DOW-UAP-D19, Mission Report, Syria, February 21, 2023
Agency: Department of War
Incident date: 2/21/23
Incident location: Syria
Page 5
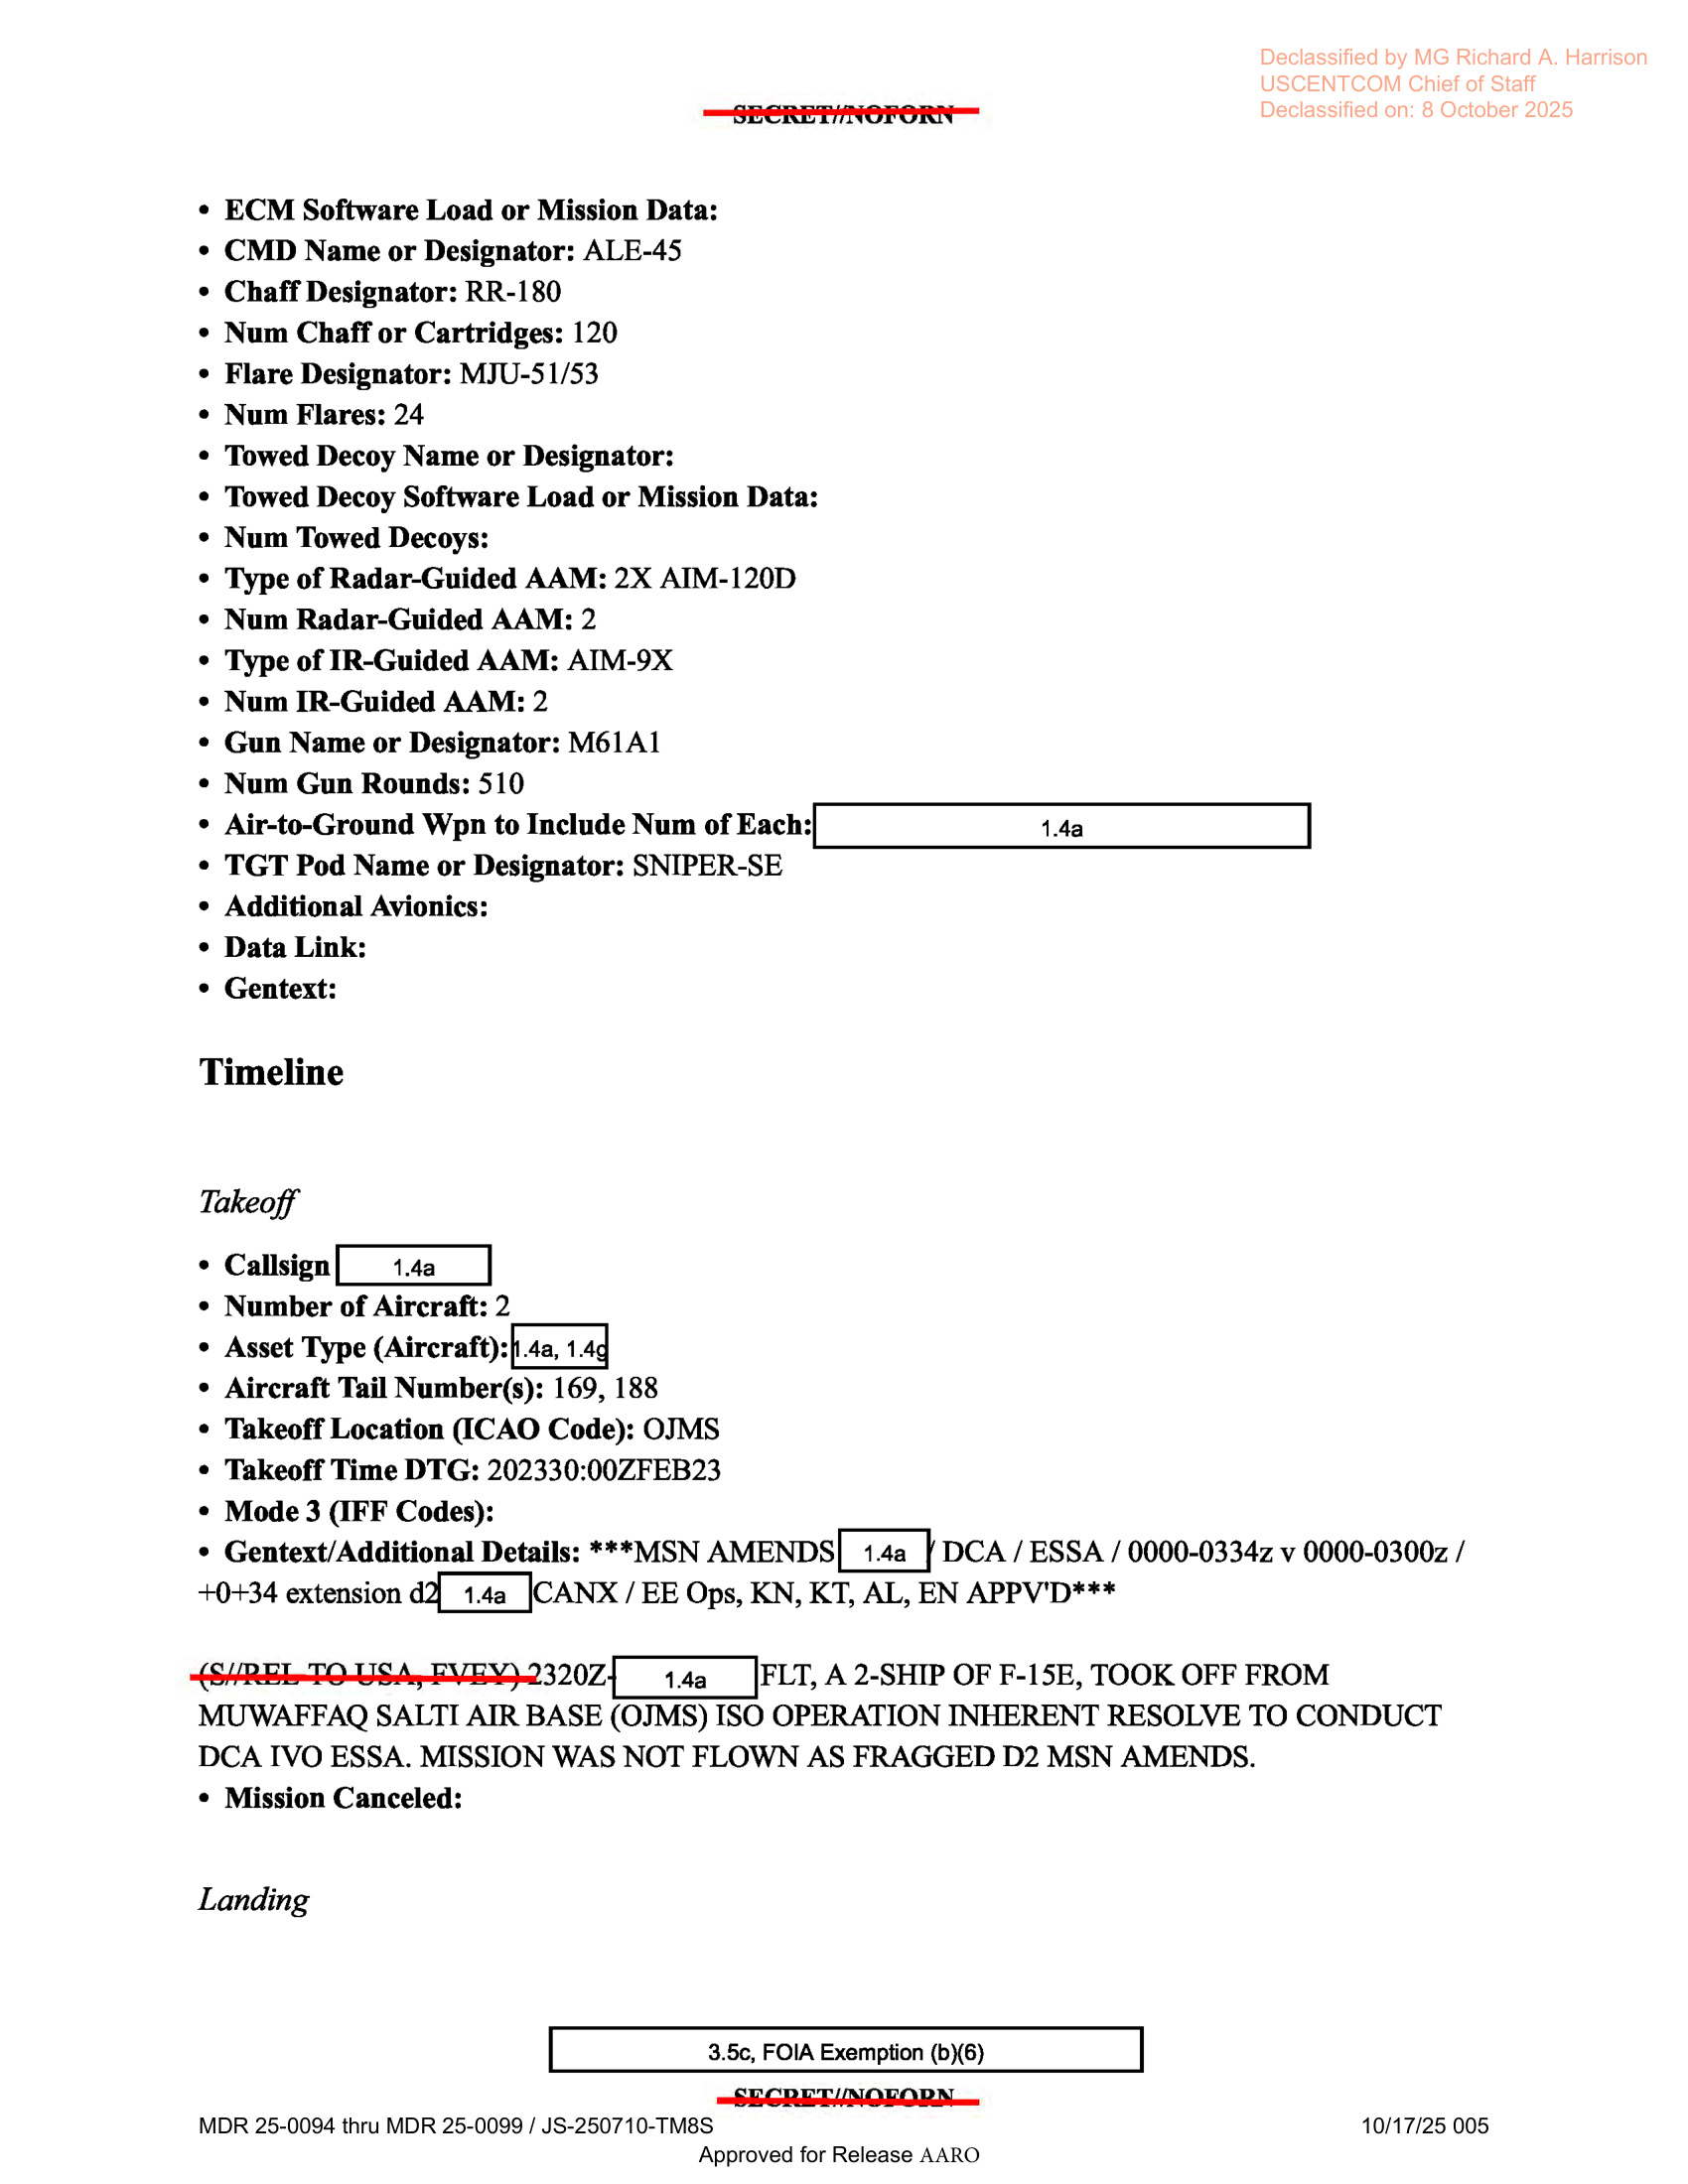